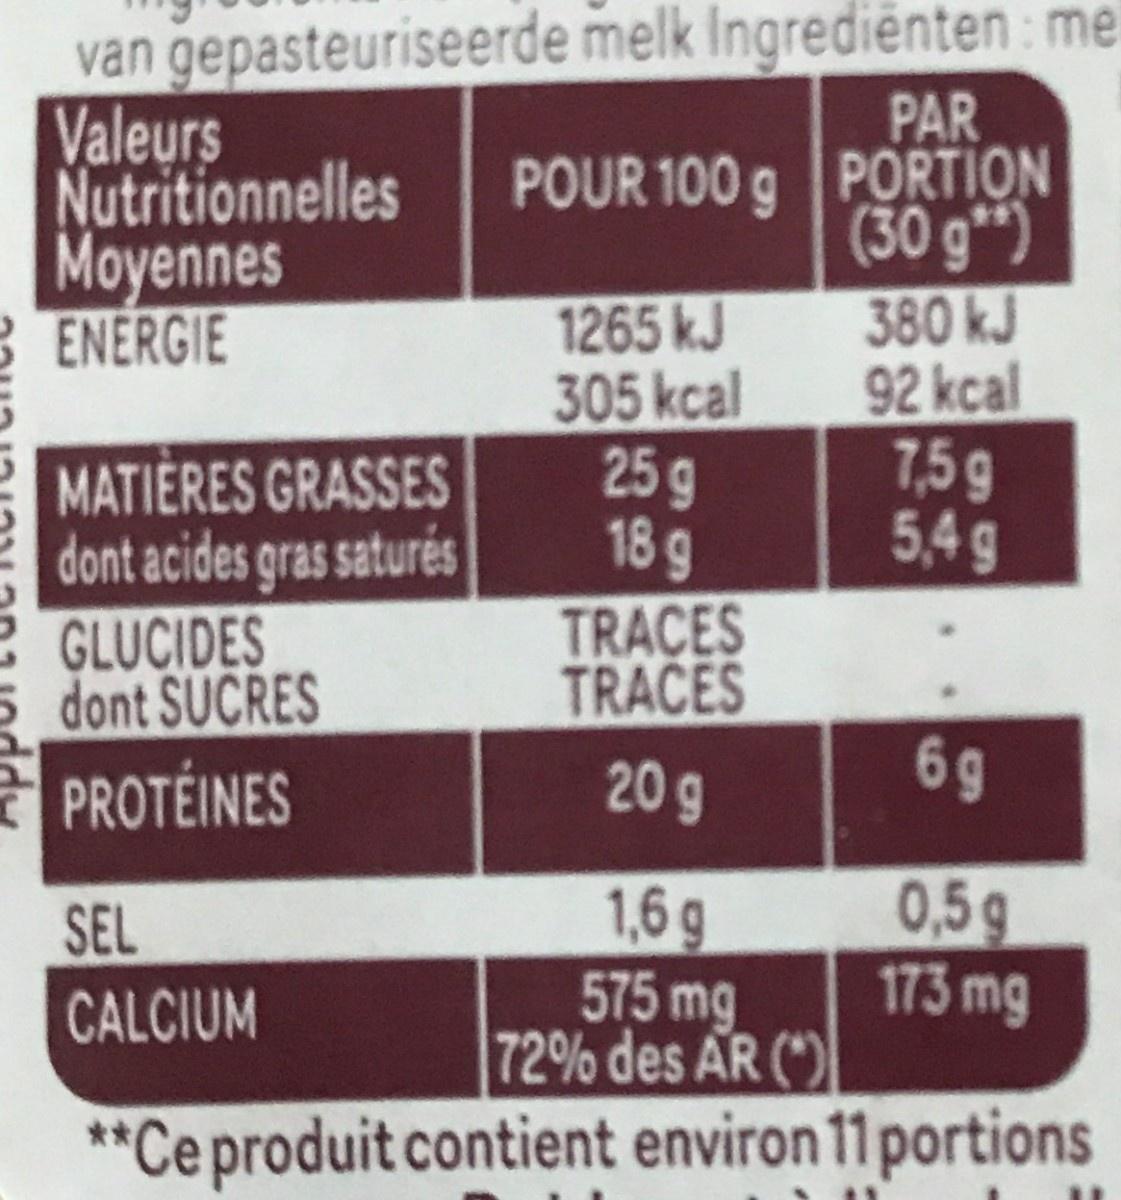
van gepasteuriseerde melk Ingrediënten: me PAR POUR 100 g PORTION (30 g") 380 kJ 92kcal 7,5g9 5,4 g Valeurs Nutritionnelles Moyennes ENERGIE 1265 kJ 305 kcal 25 g 18 9 TRACES TRACES MATIÈRES GRASSES dont acides gras saturés GLUCIDES dont SUCRES PROTÉINES 20g 1,6 g 575 mg 72% des AR (") **Ceproduit contient environ11 portions 0,5 g 173 mg SEL CALCIUM 60